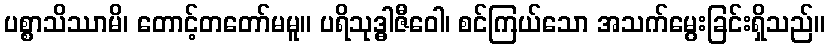
ပစ္စာသိဿာမိ၊ တောင့်တတော်မမူ။ ပရိသုဒ္ဓါဇီဝေါ၊ စင်ကြယ်သော အသက်မွေးခြင်းရှိသည်။